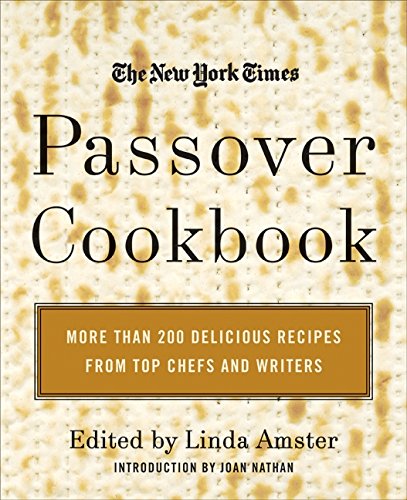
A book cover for The New York Times Passover Cookbook : More Than 200 Holiday Recipes from Top Chefs and Writers; Linda Amster; Cookbooks, Food & Wine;